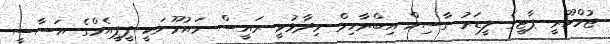
ޖުމްހޫރީ ޕާޓީގެ ލީޑަރު ގާސިމް އިބްރާހިމް ވިދާޅުވީ ރައީސް މައުމޫނަކީ ޕީޕީއެމްގެ އަސާސީ